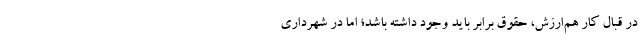
در قبال کارِ هم‌ارزش، حقوق برابر باید وجود داشته باشد؛ اما در شهرداری